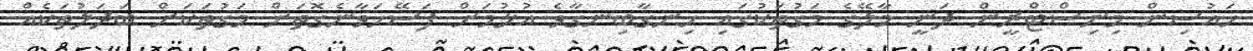
ހައުސިން މިނިސްޓްރީން ދަނީ މާލޭގެ މަގުތަކުގައި ހިނގާބިނގާވެ އުޅުމަށް ފަސޭހަވާނެގޮތަށް މަގުތަކަށް ބަދަލުތަކެއް